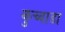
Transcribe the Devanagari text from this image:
कुच्वाडा